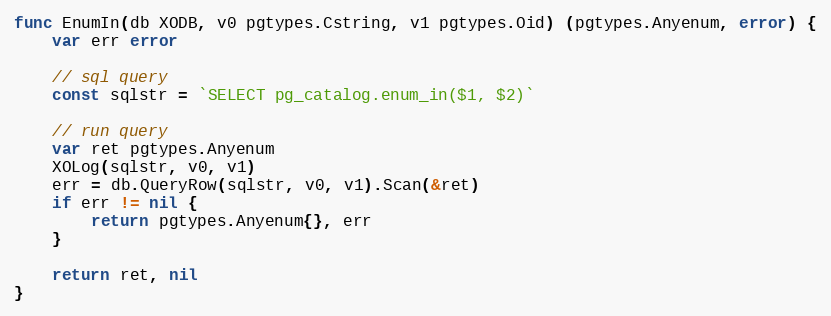
Language: Go
func EnumIn(db XODB, v0 pgtypes.Cstring, v1 pgtypes.Oid) (pgtypes.Anyenum, error) {
	var err error

	// sql query
	const sqlstr = `SELECT pg_catalog.enum_in($1, $2)`

	// run query
	var ret pgtypes.Anyenum
	XOLog(sqlstr, v0, v1)
	err = db.QueryRow(sqlstr, v0, v1).Scan(&ret)
	if err != nil {
		return pgtypes.Anyenum{}, err
	}

	return ret, nil
}